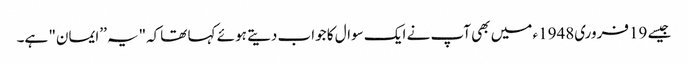
جیسے 19فروری1948ء میں بھی آپ نے ایک سوال کا جواب دیتے ہوئے کہا تھاکہ"یہ ’’ایمان" ہے۔